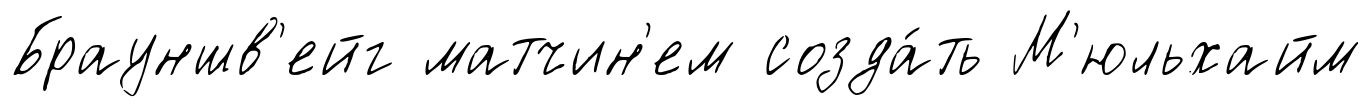
Брауншв'ейг матчин'ем созда́ть М'юльхайм